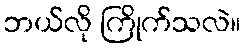
ဘယ်လို ကြိုက်သလဲ။